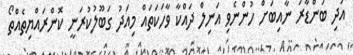
އަދި ބަންޑާރަ ނާއިބަށް ހުންނެވި އަނިލް ދައްކާ ވާހަކަތައް މިއަދު ގަބޫލުކުރަނީ ކޮންރައްޔިތެއްތޯ